Vaccination North-Western Provinces 1866-1877 - 1866-1877
Year: 1866
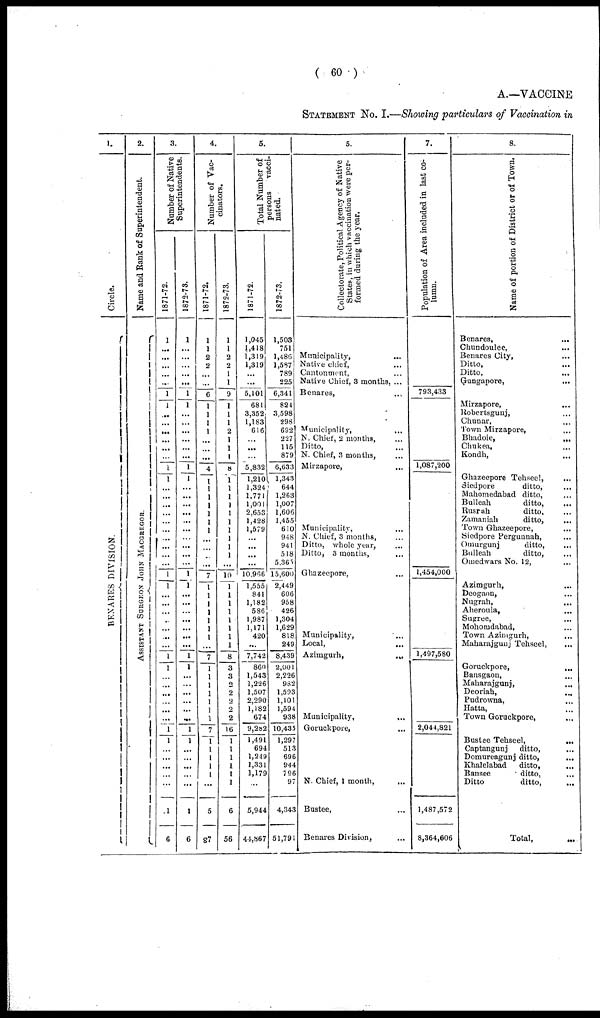
( 60 )
A.—VACCINE
STATEMENT NO. I.—Showing particulars of Vaccination in
1.
Circle.
BENARES DI VI SI ON.
2.
Name and Rank of Superintendent.
AS S IS
T ANT S
URGE ON J
OHN MAC GR E GOR .
3.
Number of Native
Superintendents.
1871-72.
1
...
...
...
...
...
1
1
...
...
...
...
...
...
1
1
...
...
...
...
...
...
...
...
...
...
1
1
...
...
...
...
...
...
...
1
1
...
...
...
...
... ...
1
...
...
...
...
...
...
1
6
1872-73.
1
...
...
...
...
...
1
1
...
...
...
...
...
...
1
1
...
...
...
...
...
...
...
...
...
...
1
1
...
...
...
...
...
...
...
1
1
...
...
...
...
...
...
1
1
...
...
...
...
...
1
6
4.
Number of Vac-
cinators.
1871-72.
1
1
2
2
...
...
6
1
1
1
1
...
...
...
4
1
1
1
1
1
1
1
...
...
...
...
7
1
1
1
1
1
1
1
...
7
1
1
1
1
1
1
1
7
1
1
1
1
1
...
5
87
1872-73.
1
1
2
2
1
1
9
1
1
1
2
1
1
...
8
1 1
1
1
1
1
1
1
1
1
...
10
1
1
1
1
1
1
1
...
8
3
3
2
2
2
2
2
16
1
1
1
1
1
1
6
56
5.
Total Number of
persons vacci-
nated.
1871-72.
1,045
1,418
1,319
1,319
...
...
5,101
681
3,352
1,183
616
...
...
...
5,832
1,210
1,324
1,771
1,001
2,653
1,428
1,579
...
...
...
...
10,966
1,555
841
1,182
586
1,987
1,171
420
...
7,742
860
1,543
1,226
1,507
2,290
1,182
674
9,282
1,491
694
1,249
1,331
1,179
...
5,944
44,867
1872-73.
1,503
751
1,486
1,587
789
225
6,341
824
3,598
298
692
227
115
879
6,633
1,343
644
1,263
1,007
1,606
1,455
610
948
941
518
5,365
15,600
2,449
606
958
426
1,304
1,629
818
249
8,439
2,001
2,226
982
1,593
1,101
1,594
938
10,435
1,297
513
696
944
796
97
4,343
51,791
5.
Collectorate, Political Agency of Native
States, in which vaccination were per-
formed during the year.
Municipality, ...
Native chief, ...
Cantonment, ...
Native Chief, 3 months, ...
Benares, ...
Municipality, ...
N. Chief, 2 months, ...
Ditto, ...
N. Chief, 3 months, ...
Mirzapore, ...
Municipality, ...
N. Chief, 3 months, ...
Ditto, whole year, ...
Ditto, 3 months, ...
Ghazeepore, ...
Municipality, ...
Local, ...
Azimgurh,
...
Municipality, ...
Goruckpore, ...
N. Chief, 1 month, ...
Bustee, ...
Benares Division, ...
7.
Population of Area included in last co-
lumn.
793,433
1,087,200
1,454,000
1,497,580
2,044,821
1,487,572
8,364,606
8.
Name of portion of District or of Town.
Benares,
...
Chundoulee, ...
Benares City, ...
Ditto, ...
Ditto, ...
Gungapore,
...
Mirzapore,
...
Robertsgunj, ...
Chunar, ...
Town Mirzapore, ...
Bhadoie,
...
Chukea, ...
Kondh, ...
Ghazeepore Tehseel, ...
Siedpore
ditto, ...
Mahomedabad ditto, ...
Bulleah
ditto, ...
Rusrah
ditto, ...
Zarnaniah
ditto, ...
Town Ghazeepore, ...
Siedpore Pergunnah, ...
Omurgunj
ditto, ...
Bulleah
ditto, ...
Omedwars No. 12, ...
Azimgurh, ...
Deogaon, ...
Nugrah, ...
Aheroula, ...
Sugree, ...
Mohomdabad, ...
Town Azimgurh, ...
Maharajgunj Tehseel, ...
Goruckpore,
...
Bansgaon, ...
Maharajgunj, ...
Deoriah, ...
Pudrowna, ...
Hatta, ...
Town Goruckpore, ...
Bustee Tehseel, ...
Captangunj
ditto, ...
Domureagunj ditto, ...
Khalelabad
ditto, ...
Bansee
ditto, ...
Ditto
ditto, ...
Total,
...